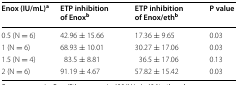
<table><thead><tr><td><b>Enox (IU/mL)<sup>a</sup></b></td><td><b>ETP inhibition of Enox<sup>b</sup></b></td><td><b>ETP inhibition of Enox/eth<sup>b</sup></b></td><td><b>P value</b></td></tr></thead><tbody><tr><td>0.5 (N = 6)</td><td>42.96 ± 15.66</td><td>17.36 ± 9.65</td><td>0.03</td></tr><tr><td>1 (N = 6)</td><td>68.93 ± 10.01</td><td>30.27 ± 17.06</td><td>0.03</td></tr><tr><td>1.5 (N = 4)</td><td>83.5 ± 8.81</td><td>36.5 ± 17.06</td><td>0.13</td></tr><tr><td>2 (N = 6)</td><td>91.19 ± 4.67</td><td>57.82 ± 15.42</td><td>0.03</td></tr></tbody></table>